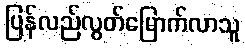
ပြန်လည်လွတ်မြောက်လာသူ